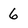
Character: 6